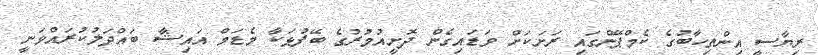
ރިޔާސީ އިންތިހާބުގެ ކެމްޕޭންގައި ރަށަކަށް ވަޑައިގެން ދޮށީއުމުރުގެ ބޭފުޅަކާ މެޑަމް އައިޝާ ބައްދަލުކުރައްވަނީ